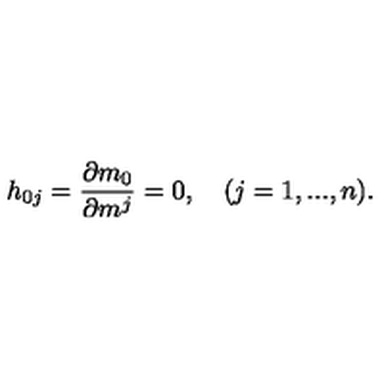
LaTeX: h _ { 0 j } = \frac { \partial m _ { 0 } } { \partial m ^ { j } } = 0 , \quad ( j = 1 , . . . , n ) .